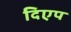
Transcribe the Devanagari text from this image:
दिएप